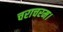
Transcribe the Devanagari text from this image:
चराचरम।